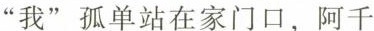
”我”孤单站在家门口，阿千。